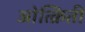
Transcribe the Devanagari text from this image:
ओत्क्रिती